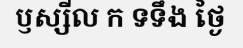
ឫស្សីល ក ទទឹង ថ្ងៃ